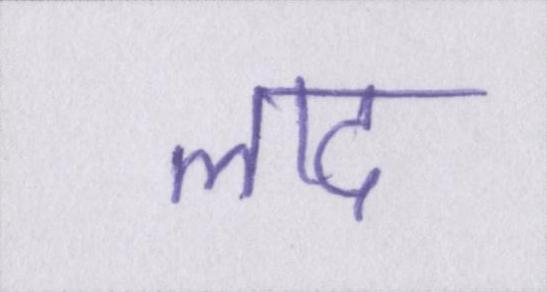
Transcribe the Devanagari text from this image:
लाद